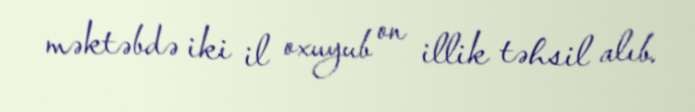
məktəbdə iki il oxuyub on illik təhsil alıb.